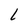
Character: L